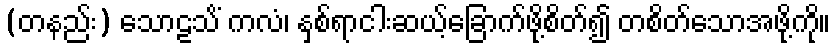
(တနည်း) သောဠသိံ ကလံ၊ နှစ်ရာငါးဆယ့်ခြောက်ဖို့စိတ်၍ တစိတ်သောအဖို့ကို။